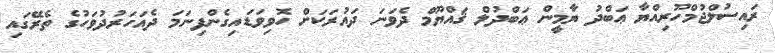
ރައިސުލްޖުމްހޫރިއްޔާ ޢަބްދު ޔާމީން ޢަބްދުލް ޤައްޔޫމް ދެވަނަ ދައުރަކަށް ހޮވިވަޑައިގެންފިނަމަ ދެއަހަރުދުވަހުގެ ތެރޭގައި